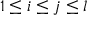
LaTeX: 1 \leq i \leq j \leq l